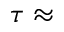
\tau \approx